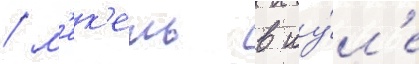
/ м'ек'ель в иу́л'е